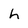
Character: h